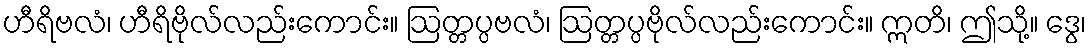
ဟီရိဗလံ၊ ဟီရိဗိုလ်လည်းကောင်း။ ဩတ္တပ္ပဗလံ၊ ဩတ္တပ္ပဗိုလ်လည်းကောင်း။ ဣတိ၊ ဤသို့။ ဒွေ၊